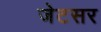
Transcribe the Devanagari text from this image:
जेटसर